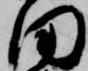
田